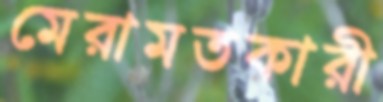
মেরামতকারী